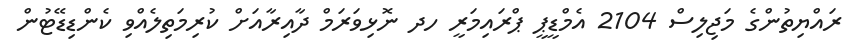
ރައްޔިތުންގެ މަޖިލިސް 2104 އެމްޑީޕީ ޕްރައިމަރީ ހދ ނޮޅިވަރަމް ދާއިރާއަށް ކުރިމަތިލެއްވި ކެންޑިޑޭޓުން